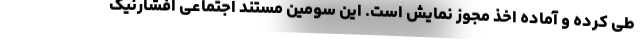
طی کرده و آماده اخذ مجوز نمایش است. این سومین مستند اجتماعی افشارنیک